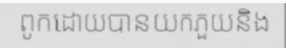
ពូកដោយបានយកភួយនិង